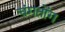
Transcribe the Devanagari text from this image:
चंगतोंग